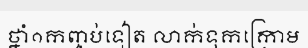
ថ្នាំ១កញ្ចប់ទៀត លាក់ទុកក្រោម